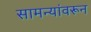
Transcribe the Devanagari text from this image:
सामन्यांवरून